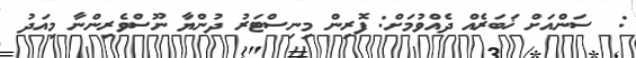
:  ސަންއަށް ޚަބަރެއް ދެއްވުމަށް: ފޮރިން މިނިސްޓަރު ދުންޔާ ނޫސްވެރިންނާ މިއަދު